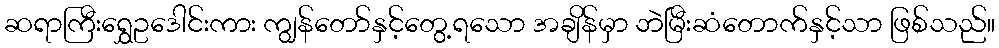
ဆရာကြီးရွှေဥဒေါင်းကား ကျွန်တော်နှင့်တွေ့ရသော အချိန်မှာ ဘဲမြီးဆံတောက်နှင့်သာ ဖြစ်သည်။